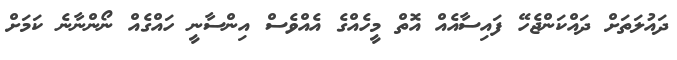
ދައުލަތަށް ދައްކަންޖެހޭ ފައިސާއެއް އޮތް މީހެއްގެ އެއްވެސް އިންސާނީ ހައްގެއް ނޯންނާނެ ކަމަށް